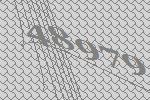
48979